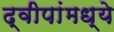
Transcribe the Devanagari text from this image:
द्वीपांमध्ये